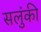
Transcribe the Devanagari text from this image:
सलुंकी